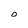
Character: O